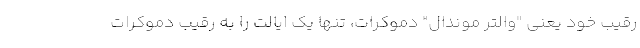
رقیب خود یعنی "والتر موندال" دموکرات، تنها یک ایالت را به رقیب دموکرات